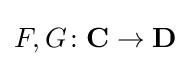
F,G\colon \mathbf {C} \to \mathbf {D}